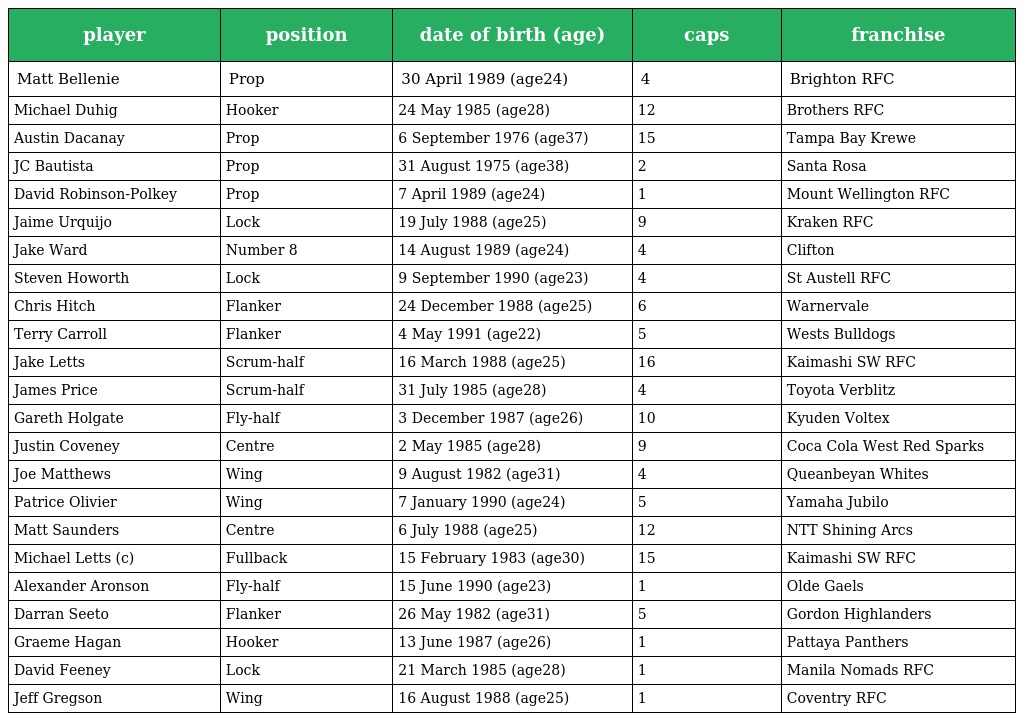
| player | position | date of birth (age) | caps | franchise |
 | --- | --- | --- | --- | --- |
 | Matt Bellenie | Prop | 30 April 1989 (age24) | 4 | Brighton RFC |
 | Michael Duhig | Hooker | 24 May 1985 (age28) | 12 | Brothers RFC |
 | Austin Dacanay | Prop | 6 September 1976 (age37) | 15 | Tampa Bay Krewe |
 | JC Bautista | Prop | 31 August 1975 (age38) | 2 | Santa Rosa |
 | David Robinson-Polkey | Prop | 7 April 1989 (age24) | 1 | Mount Wellington RFC |
 | Jaime Urquijo | Lock | 19 July 1988 (age25) | 9 | Kraken RFC |
 | Jake Ward | Number 8 | 14 August 1989 (age24) | 4 | Clifton |
 | Steven Howorth | Lock | 9 September 1990 (age23) | 4 | St Austell RFC |
 | Chris Hitch | Flanker | 24 December 1988 (age25) | 6 | Warnervale |
 | Terry Carroll | Flanker | 4 May 1991 (age22) | 5 | Wests Bulldogs |
 | Jake Letts | Scrum-half | 16 March 1988 (age25) | 16 | Kaimashi SW RFC |
 | James Price | Scrum-half | 31 July 1985 (age28) | 4 | Toyota Verblitz |
 | Gareth Holgate | Fly-half | 3 December 1987 (age26) | 10 | Kyuden Voltex |
 | Justin Coveney | Centre | 2 May 1985 (age28) | 9 | Coca Cola West Red Sparks |
 | Joe Matthews | Wing | 9 August 1982 (age31) | 4 | Queanbeyan Whites |
 | Patrice Olivier | Wing | 7 January 1990 (age24) | 5 | Yamaha Jubilo |
 | Matt Saunders | Centre | 6 July 1988 (age25) | 12 | NTT Shining Arcs |
 | Michael Letts (c) | Fullback | 15 February 1983 (age30) | 15 | Kaimashi SW RFC |
 | Alexander Aronson | Fly-half | 15 June 1990 (age23) | 1 | Olde Gaels |
 | Darran Seeto | Flanker | 26 May 1982 (age31) | 5 | Gordon Highlanders |
 | Graeme Hagan | Hooker | 13 June 1987 (age26) | 1 | Pattaya Panthers |
 | David Feeney | Lock | 21 March 1985 (age28) | 1 | Manila Nomads RFC |
 | Jeff Gregson | Wing | 16 August 1988 (age25) | 1 | Coventry RFC |